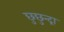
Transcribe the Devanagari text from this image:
छुछुन्द्रा